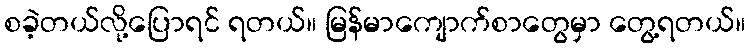
စခဲ့တယ်လို့ပြောရင် ရတယ်။ မြန်မာကျောက်စာတွေမှာ တွေ့ရတယ်။